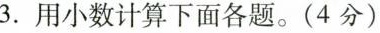
3. 用小数计算下面各题。(4分)